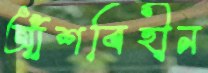
আঁশবিহীন